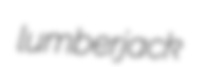
lumberjack